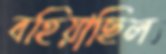
বহিয়াছিল